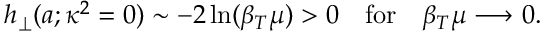
h _ { \perp } ( a ; \kappa ^ { 2 } = 0 ) \sim - 2 \ln ( \beta _ { T } \mu ) > 0 \quad \mathrm { f o r } \quad \beta _ { T } \mu \longrightarrow 0 .